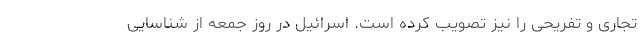
تجاری و تفریحی را نیز تصویب کرده است. اسرائیل در روز جمعه از شناسایی